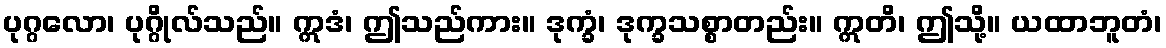
ပုဂ္ဂလော၊ ပုဂ္ဂိုလ်သည်။ ဣဒံ၊ ဤသည်ကား။ ဒုက္ခံ၊ ဒုက္ခသစ္စာတည်း။ ဣတိ၊ ဤသို့။ ယထာဘူတံ၊